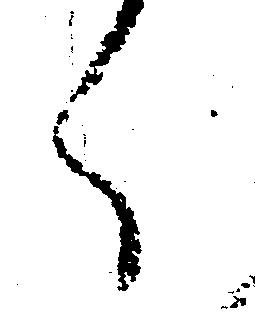
く